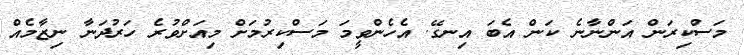
މަސްކިރަން އަންނާނެ ކަން އެބަ އިނގޭ. އެހެންވީމަ މަސްކިރުމަށް މިއަށްވުރެ ހަރުދަނާ ނިޒާމެއް